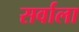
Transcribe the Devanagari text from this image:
सर्वाला